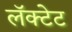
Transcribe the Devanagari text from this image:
लॅक्टेट